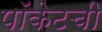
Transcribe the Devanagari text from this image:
पॉकेटची